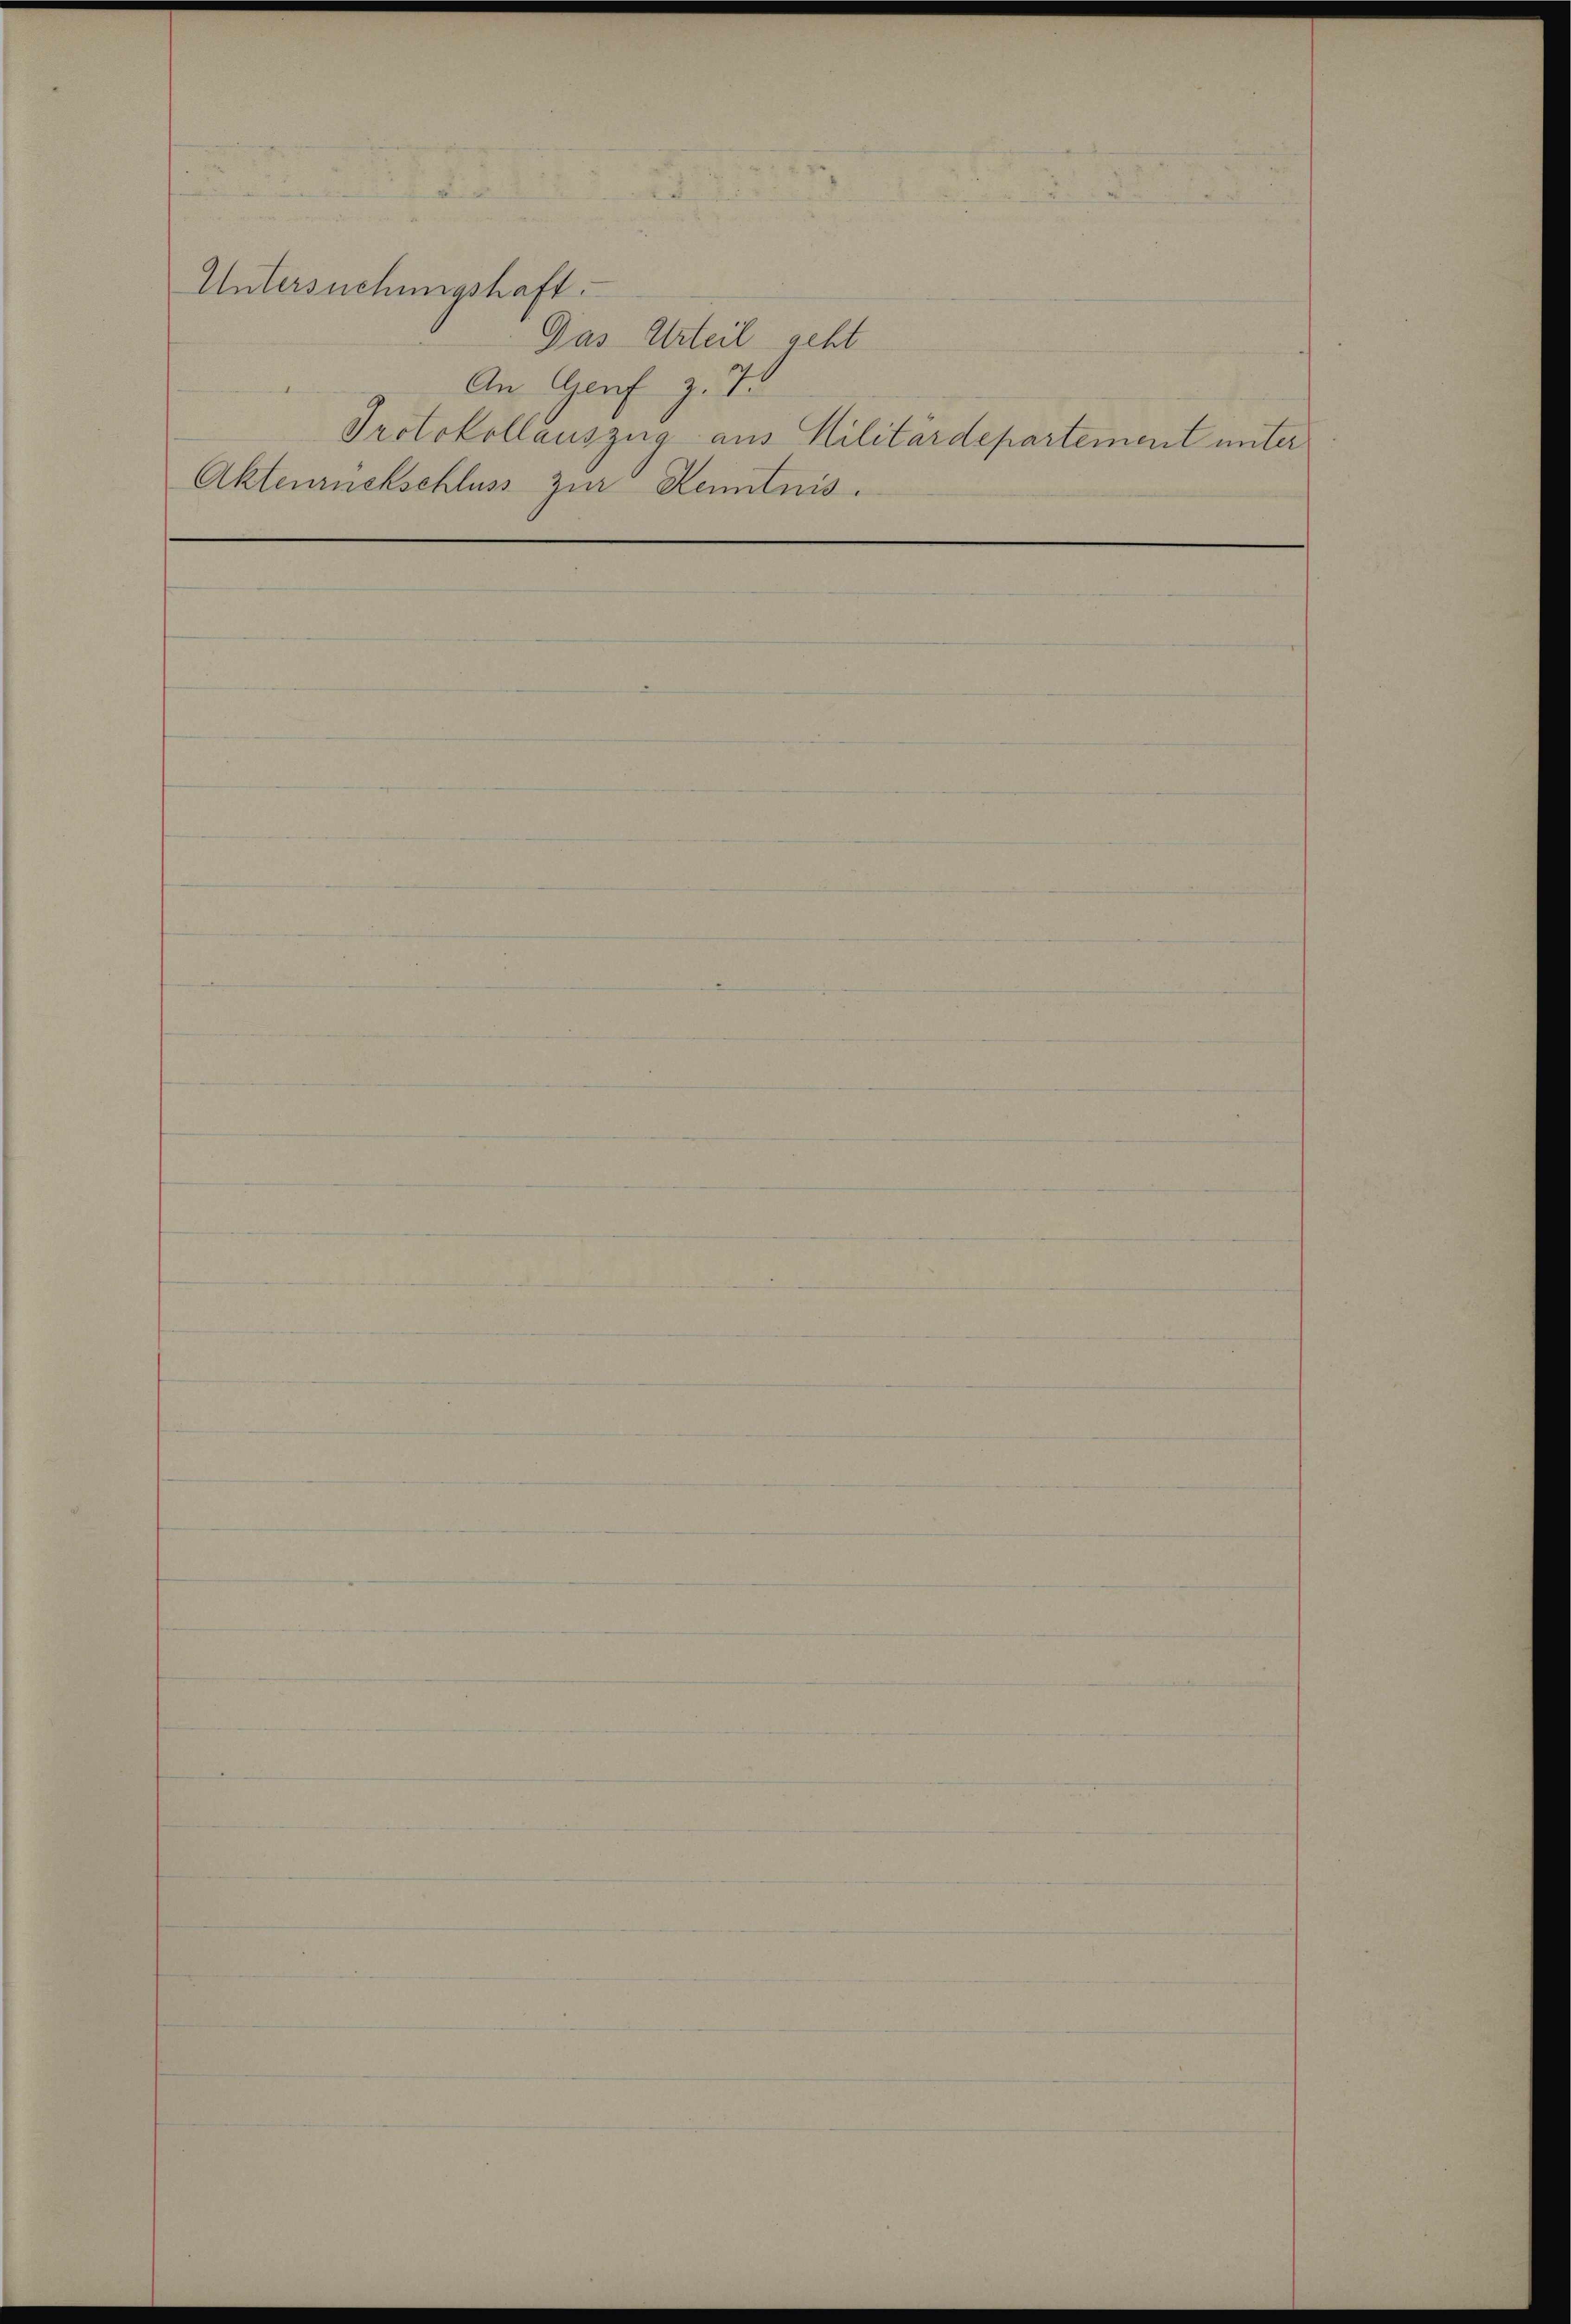
Untersuchungshaft.
Das Urteil acht
Protokollauszug aus Militärdepartement unter
Aktenrückschluss zur Kenntnis.

An Genf z. 7